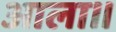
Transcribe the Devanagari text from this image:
आला।।